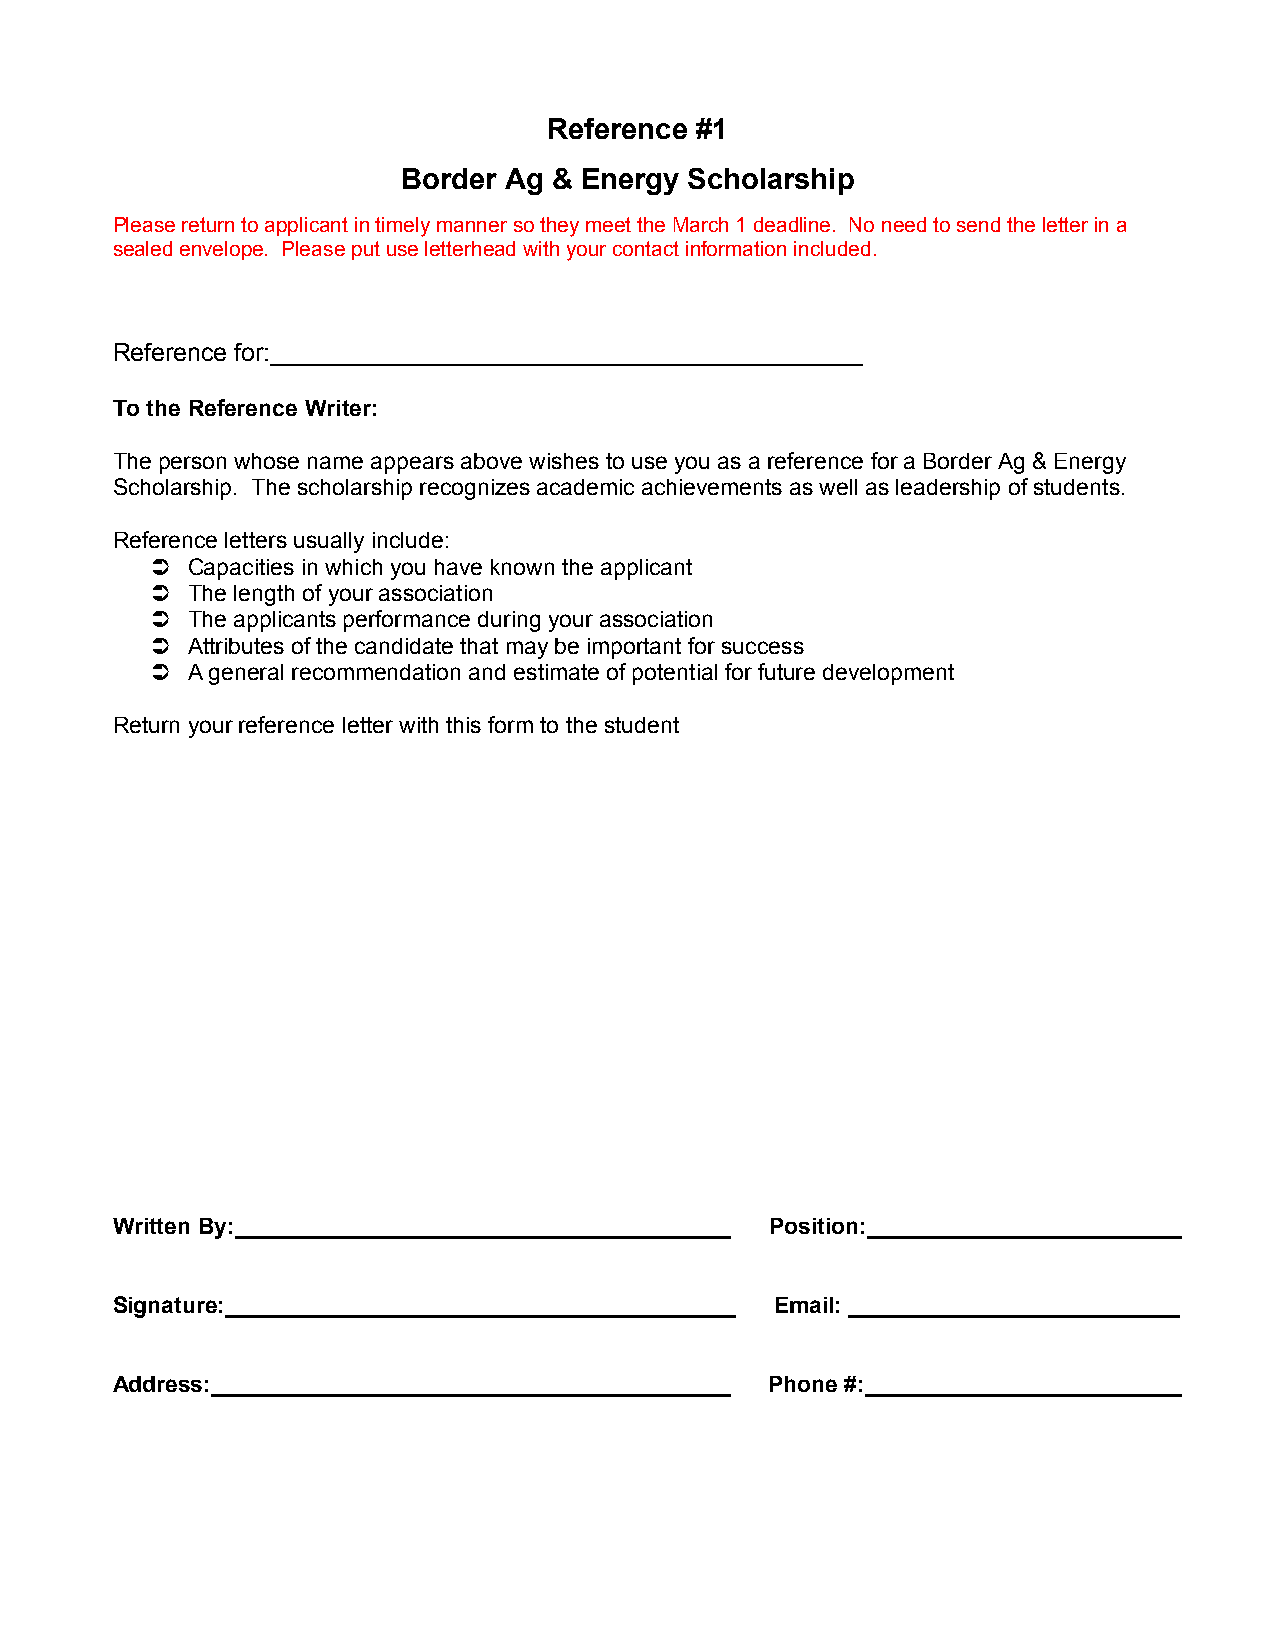
Reference #1
 Border Ag & Energy Scholarship
 Please return to applicant in timely manner so they meet the March 1 deadline. No need to send the letter in a
 sealed envelope. Please put use letterhead with your contact information included.
 Reference for:___________________________________________
 To the Reference Writer:
 The person whose name appears above wishes to use you as a reference for a Border Ag & Energy
 Scholarship. The scholarship recognizes academic achievements as well as leadership of students.
 Reference letters usually include:
  Capacities in which you have known the applicant
  The length of your association
  The applicants performance during your association
  Attributes of the candidate that may be important for success
  A general recommendation and estimate of potential for future development
 Return your reference letter with this form to the student
 Written By:________________________________________ Position:_________________________
 Signature:________________________________________ Email: __________________________
 Address:_________________________________________ Phone #:_________________________